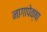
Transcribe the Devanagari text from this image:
नागापेक्षा